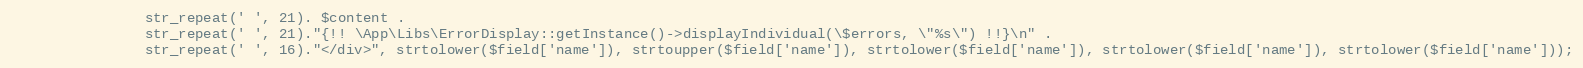
Language: PHP
                str_repeat(' ', 21). $content .
                str_repeat(' ', 21)."{!! \App\Libs\ErrorDisplay::getInstance()->displayIndividual(\$errors, \"%s\") !!}\n" .
                str_repeat(' ', 16)."</div>", strtolower($field['name']), strtoupper($field['name']), strtolower($field['name']), strtolower($field['name']), strtolower($field['name']));